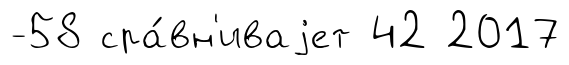
-58 сра́вн'иваjет 42 2017